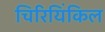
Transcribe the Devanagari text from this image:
चिरियिंकिल